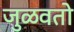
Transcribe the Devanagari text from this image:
जुळवतो